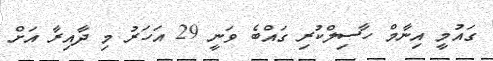
ގައުމީ އިނާމް ހާސިލްކުރި ގައްބެ ވަނީ 29 އަހަރު މި ދާއިރާ އަށް